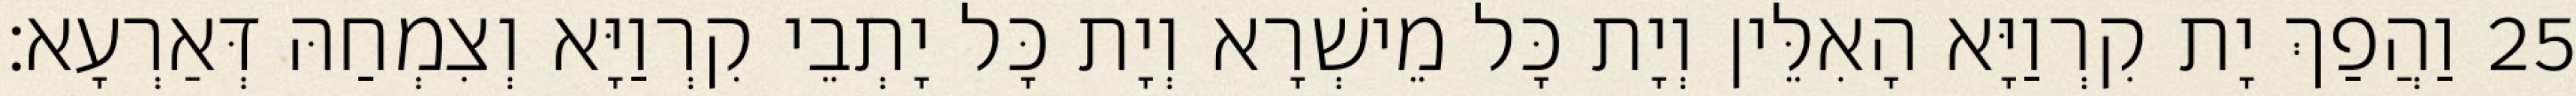
25 וַהֲפַךְ יָת קִרְוַיָּא הָאִלֵּין וְיָת כָּל מֵישְׁרָא וְיָת כָּל יָתְבֵי קִרְוַיָּא וְצִמְחַהּ דְּאַרְעָא׃